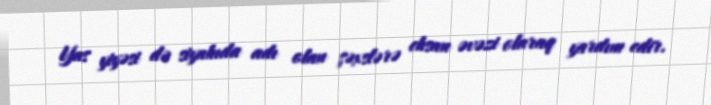
Yas yiyəsi də siyahıda adı olan şəxslərə ehsan əvəzi olaraq yardım edir.